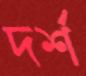
দর্শ